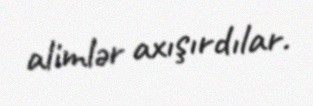
alimlər axışırdılar.